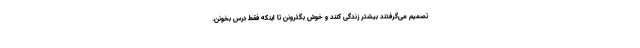
تصمیم می‌گرفتند بیشتر زندگی کنند و خوش بگذرونن تا اینکه فقط درس بخونن.